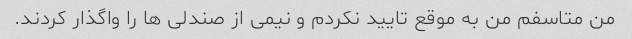
من متاسفم من به موقع تایید نکردم و نیمی از صندلی ها را واگذار کردند.